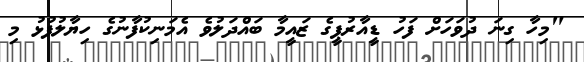
"މިހާ ގިނަ ދުވަހަށް ފަހު ޑީއާރުޕީގެ ޒައީމާ ބައްދަލުވެ އެމަނިކުފާނުގެ ހިޔާލުފުޅު މި